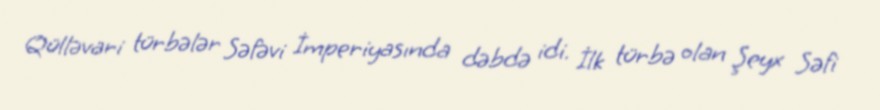
Qülləvari türbələr Səfəvi İmperiyasında dəbdə idi. İlk türbə olan Şeyx Səfi